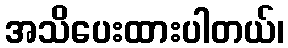
အသိပေးထားပါတယ်၊